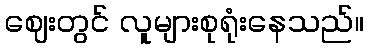
ဈေးတွင် လူများစုရုံးနေသည်။